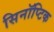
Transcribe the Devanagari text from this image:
सिनॉप्टिक